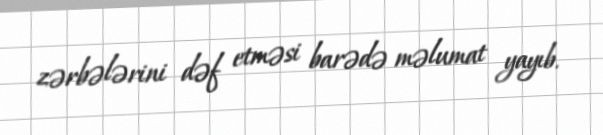
zərbələrini dəf etməsi barədə məlumat yayıb.